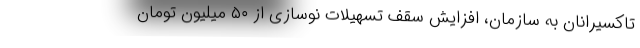
تاکسیرانان به سازمان، افزایش سقف تسهیلات نوسازی از ۵۰ میلیون تومان